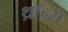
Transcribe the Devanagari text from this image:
थ्राॅन्स